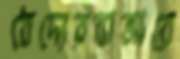
বৈদ্যেরবাজারে